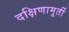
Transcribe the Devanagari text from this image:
दक्षिणामूर्ती